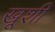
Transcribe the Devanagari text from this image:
खूशी